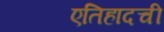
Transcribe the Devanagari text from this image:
एतिहादची